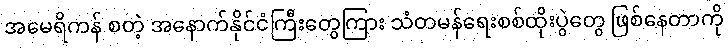
အမေရိကန် စတဲ့ အနောက်နိုင်ငံကြီးတွေကြား သံတမန်ရေးစစ်ထိုးပွဲတွေ ဖြစ်နေတာကို